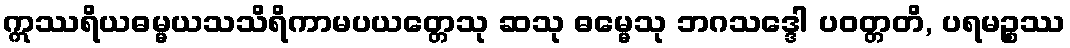
ဣဿရိယဓမ္မယသသိရိကာမပယတ္တေသု ဆသု ဓမ္မေသု ဘဂသဒ္ဒေါ ပဝတ္တတိ, ပရမဉ္စဿ